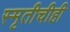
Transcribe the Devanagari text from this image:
स्मृतीचीही